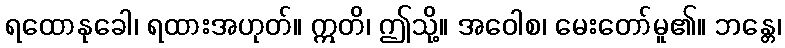
ရထောနုခေါ၊ ရထားအဟုတ်။ ဣတိ၊ ဤသို့။ အဝေါစ၊ မေးတော်မူ၏။ ဘန္တေ၊